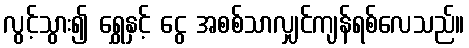
လွင့်သွား၍ ရွှေနှင့် ငွေ အစစ်သာလျှင်ကျန်ရစ်လေသည်။